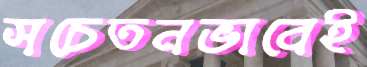
সচেতনভাবেই